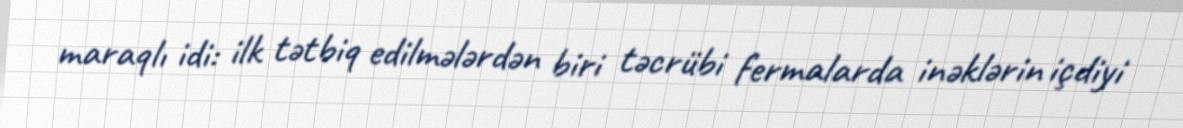
maraqlı idi: ilk tətbiq edilmələrdən biri təcrübi fermalarda inəklərin içdiyi